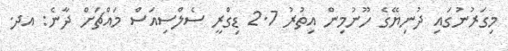
މިގަރުނުގައި ދުނިޔޭގެ ހޫނުމިން އިތުރު 2.7 ޑިގްރީ ސެލްސިއަސް މައްޗަށް ދާނެ: އދ.